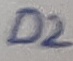
Text: D2